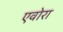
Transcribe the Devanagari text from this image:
एवोरा